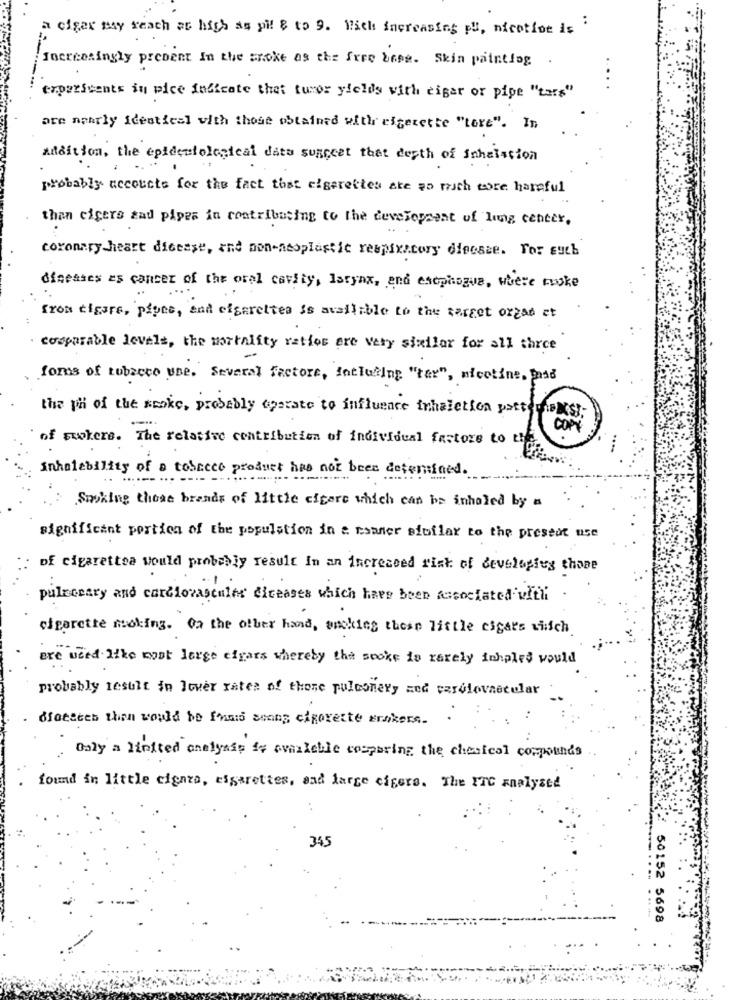
a cigar may reach as high as pil & to 9. With increasing pu, nicotine is
Tocreesingly present In the snoke as the free bene. Skin painting
experiments in pice indicate that turer yields with riger or pige "tars"
are nearly identical with those obtained with ricecette "Love". In
Addition, the epidemiological data suggest that depth of inhalation
probably accounts for the fact that cigarettes are so much more harmful
than cicers zad pipes in contributing to the development of lung center,
coronary heart disease, and non-neoplastic respiratory dieesse. For such
diseases as cancer of the oral cavity, larynx, and esophagus, where coke
from cigars, plyne, and cigarettes is available to the target orzad at
comparable levels, the mortality ratios are very similar for all three
foros of tobacco une. Several factore, fatlufting "tar", nicotine, Base
the pi of the smoke, probably operate to influence inhalation postosms];
of swokers. The relative contribution of individual festore to the
Inhalability of a tobacco product has not been determined.
....------ ---- -
Smoking these brands of little eftere which can be inhaled by a
significant portion of the population in & rsaner similar to the present use
of cigarettes would probably result In an increased risk of developing those
pulrecary and cardiovascular diseases which have been fusociated vitli
cigarette moking. On the other hand, smoking these little cigars viich
are used like most large cigars whereby the socke is rarely ichples would
probably result in lever rates of those pulmonary med cardiovascular
Matices then would be Innis among cigarette ersikers.
Osly a linited analysis is cumrichle compbring the chemical compounds
found in little cienro, cigarettes, and large cigers. The FTC analysed
. .
345
50152 5698